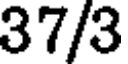
37/3